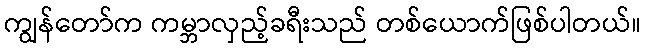
ကျွန်တော်က ကမ္ဘာလှည့်ခရီးသည် တစ်ယောက်ဖြစ်ပါတယ်။